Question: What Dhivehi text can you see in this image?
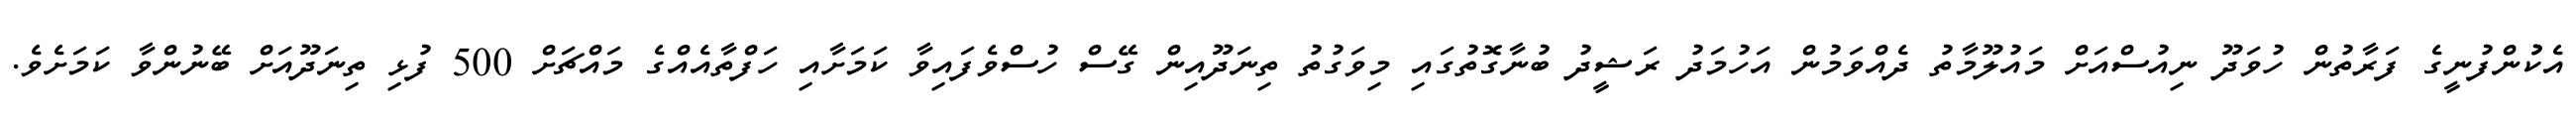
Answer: އެކުުންފުނީގެ ފަރާތުން ހުވަދޫ ނިއުސްއަށް މައުލޫމާތު ދެއްވަމުން އަހުމަދު ރަޝީދު ބުނާގޮތުގައި މިވަގުތު ތިނަދޫއިން ގޭސް ހުސްވެފައިވާ ކަމަށާއި ހަފްތާއެއްގެ މައްޗަށް 500 ފުޅި ތިނަދޫއަށް ބޭނުންވާ ކަމަށެވެ.